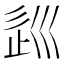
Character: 𡿽